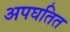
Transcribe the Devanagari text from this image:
अपघतित